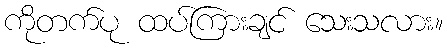
ကိုတက်ပု ထပ်ကြားချင် သေးသလား။